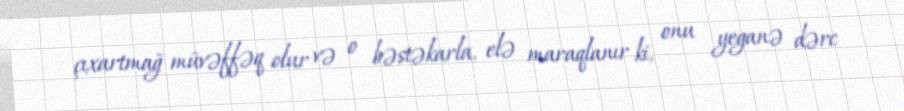
çıxartmağ müvəffəq olur və o bəstəkarla, elə maraqlanır ki, onu yeganə dərc